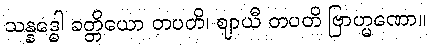
သန္နဒ္ဓေါ ခတ္တိယော တပတိ၊ ဈာယီ တပတိ ဗြာဟ္မဏော။